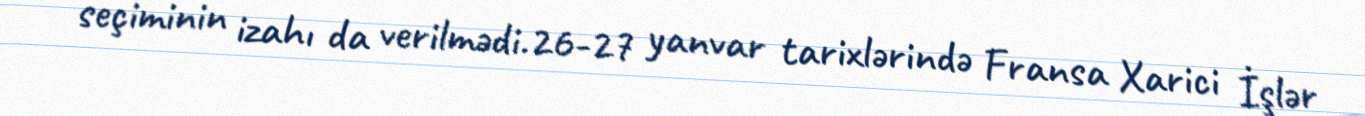
seçiminin izahı da verilmədi.26-27 yanvar tarixlərində Fransa Xarici İşlər